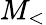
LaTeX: M_{<}